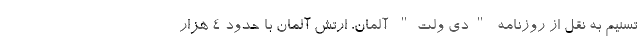
تسنیم به نقل از روزنامه "دی ولت" آلمان، ارتش آلمان با حدود 4 هزار